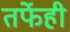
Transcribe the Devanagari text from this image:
तर्फेही